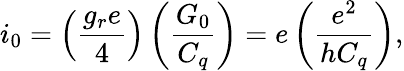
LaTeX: i_{0}=\left(\frac{g_{r}e}{4}\right)\left(\frac{G_{0}}{C_{q}}\right)=e\left(\frac{e^{2}}{hC_{q}}\right),